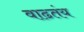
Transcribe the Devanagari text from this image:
वाढतंय